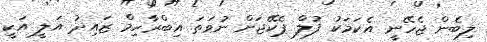
ލިބެން ޖެހޭނީ އެކަމަކު ފުލް ޕެކޭޖަށް ނުވަތަ އިބްރާހިމް ޒައިދު އަލީ އަކީ